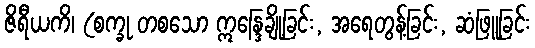
ဇိရီယကိ၊ (စက္ခု တစသော ဣန္ဒြေချို့ခြင်း, အရေတွန့်ခြင်း, ဆံဖြူခြင်း